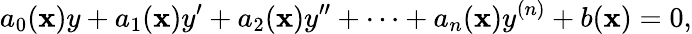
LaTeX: a_{0}(\mathbf{x})y+a_{1}(\mathbf{x})y^{\prime}+a_{2}(\mathbf{x})y^{\prime\prime}+\cdots+a_{n}(\mathbf{x})y^{(n)}+b(\mathbf{x})=0,